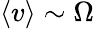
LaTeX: \left\langle v\right\rangle\sim\Omega